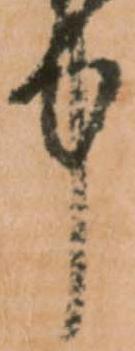
中